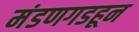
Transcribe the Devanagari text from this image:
मंडणगडहून